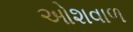
ઓશવાળ